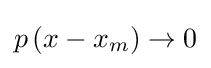
p\left(x-x_{m}\right)\to 0